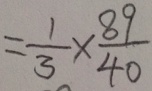
= \frac { 1 } { 3 } \times \frac { 8 9 } { 4 0 }